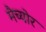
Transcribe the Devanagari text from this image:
मैच्योर